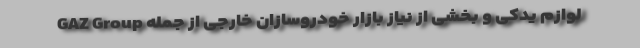
لوازم یدکی و بخشی از نیاز بازار خودروسازان خارجی از جمله GAZ Group